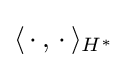
\langle \,\cdot \,,\,\cdot \,\rangle _{H^{*}}